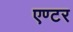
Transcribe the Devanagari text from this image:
एण्टर